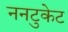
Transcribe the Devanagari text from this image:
ननटुकेट